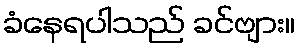
ခံနေရပါသည် ခင်ဗျား။